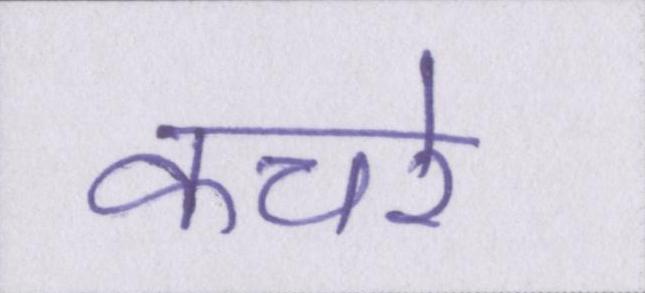
कचरे